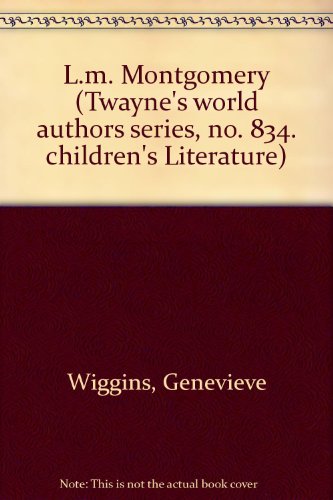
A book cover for L.M. Montgomery (Twayne's World Authors Series); Genevieve Wiggins; Biographies & Memoirs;